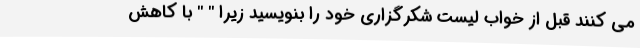
می کنند قبل از خواب لیست شکرگزاری خود را بنویسید زیرا " " با کاهش